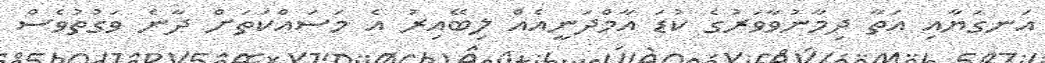
އަނގަޔާއި އަތާ ދިމާނުވާވަރުގެ ކުޑަ އާމްދަނީއެއް ލިބޭއިރު އެ މަސައްކަތަށް ދާނެ ވަގުތުވެސް